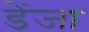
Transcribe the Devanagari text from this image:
डेंजा